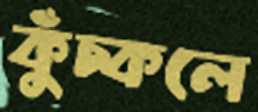
কুঁচ্‌কলে